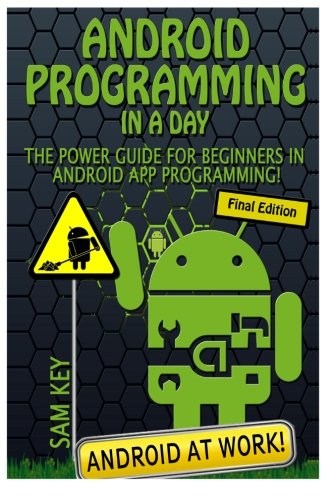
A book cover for Android Programming In a Day!: The Power Guide for Beginners In Android App Programming; Sam Key; Computers & Technology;